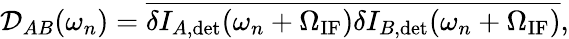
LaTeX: \mathcal{D}_{AB}(\omega_{n})=\overline{{\delta I_{A,\mathrm{det}}(\omega_{n}+\Omega_{\mathrm{IF}})\delta I_{B,\mathrm{det}}(\omega_{n}+\Omega_{\mathrm{IF}})}},